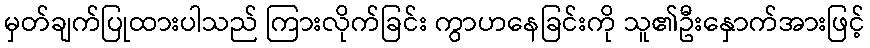
မှတ်ချက်ပြုထားပါသည် ကြားလိုက်ခြင်း ကွာဟနေခြင်းကို သူ၏ဦးနှောက်အားဖြင့်